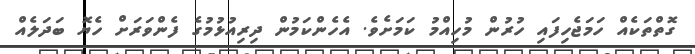
ގޮތްތަކެއް ހަމަޖެހިފައި ހުރުން މުހިއްމު ކަމަށެވެ. އެހެންކަމުން ދިރިއުޅުމުގެ ފެންވަރަށް ހެޔޮ ބަދަލެއް